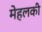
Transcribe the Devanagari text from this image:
मेहलकी